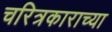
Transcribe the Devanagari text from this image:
चरित्रकाराच्या